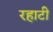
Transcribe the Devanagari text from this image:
रहाटी